Report on lock hospitals in British Burma
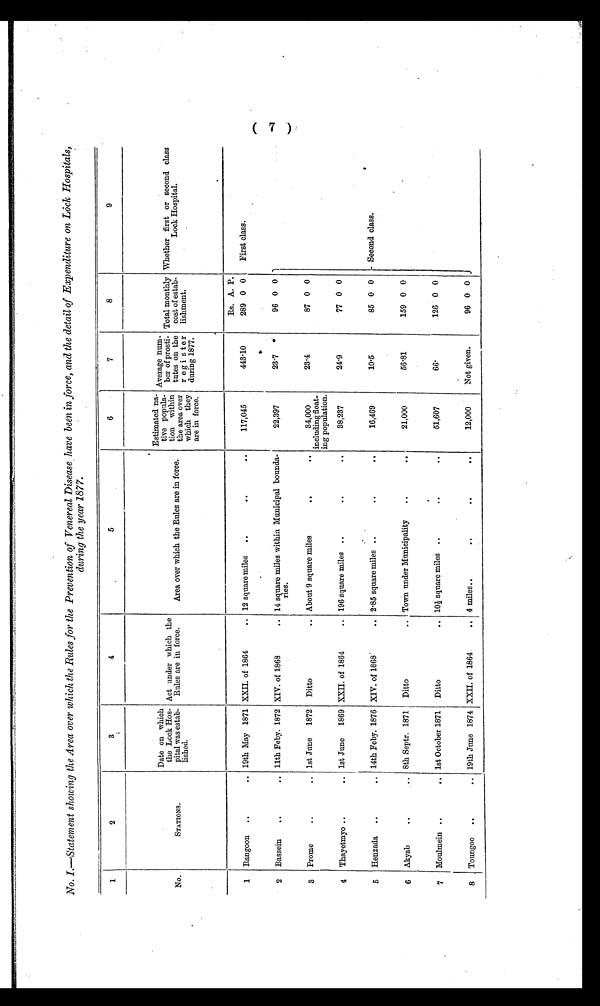
No. I.—Statement showing the Area over which the Rules for the Prevention of Venereal Disease have been in force, and the detail of Expenditure on Lock Hospitals,
during the year 1877.
1
2
3
4
5
6
7
8
9
No.
STATIONS.
Date on which
the Lock Hos-
pital was estab-
fished.
Act under which the
Rules are in force.
Area over which the Rules are in force.
Estimated na-
tive popula-
tion within
the area over
the
which they
are in force.
Average num-
ber of prosti-
tutes on the
reg i s t e r
during 1877.
Total monthly
cost of estab-
lishment.
Whether first or second class
Lock Hospital.
.
.
Rs. A. P.
1 Rangoon
. .
. . 19th May 1871 XXII. of 1864
.. 12 square miles ..
..
. .
117,045
443.10
289 0 0
First class.
2 Bassein
..
. . 11th Feby. 1872 XIV. of 1868
.. 14 square miles within Municipal bounda-
ries.
22,397
23.7
96 0 0
3 Promo
..
.. 1st June 1872 Ditto
.. About 9 square miles
.. ..
34,000
including float-
ing population.
23.4
87 0 0
4 Thayetmyo ..
.. 1st June 1869 XXII. of 1864
.. 196 square miles ..
..
..
38,237
24.9
77 0 0
5 Henzada ..
.. 14th Feby. 1876 XIV. of 1868
.. 2 . 85 square miles ..
..
..
16,469
10.5
85 0 0
Second class.
6 Akyab
..
..
8th Septr. 1871 Ditto
.. Town under Municipality....
21,000
5 6 . 8 1
159 0 0
7 Moulmein ..
.. 1st October 1871 Ditto
.. 10½ square miles .. .. ..
51,607
66
126 0 0
8 Toungoo ..
.. 19th June 1874 XXII. of 1864
.. 4 miles..
.. .. . .
12,000
Not given.
96 0 0